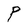
Character: P